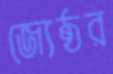
জ্যেষ্ঠর